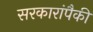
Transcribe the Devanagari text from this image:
सरकारांपैकी